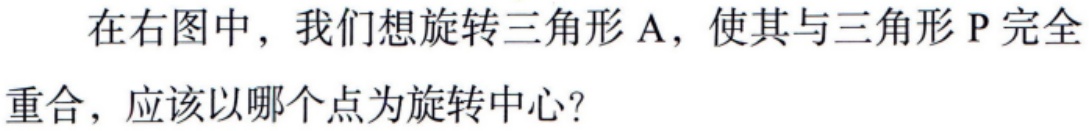
在右图中，我们想旋转三角形 A，使其与三角形 P 完全

重合，应该以哪个点为旋转中心？